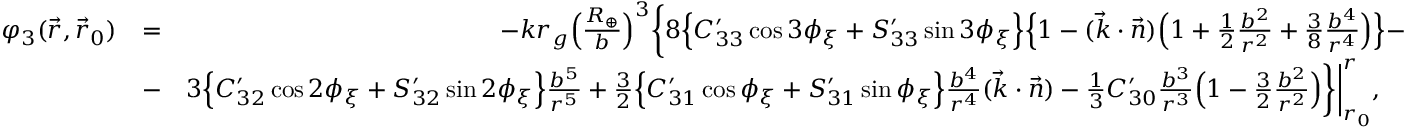
\begin{array} { r l r } { \varphi _ { 3 } ( \vec { r } , \vec { r } _ { 0 } ) } & { = } & { - k r _ { g } \Big ( \frac { R _ { \oplus } } { b } \Big ) ^ { 3 } \bigg \{ 8 \Big \{ C _ { 3 3 } ^ { \prime } \cos 3 \phi _ { \xi } + S _ { 3 3 } ^ { \prime } \sin 3 \phi _ { \xi } \Big \} \Big \{ 1 - ( \vec { k } \cdot \vec { n } ) \Big ( 1 + { \textstyle \frac { 1 } { 2 } } \frac { b ^ { 2 } } { r ^ { 2 } } + { \textstyle \frac { 3 } { 8 } } \frac { b ^ { 4 } } { r ^ { 4 } } \Big ) \Big \} - } \\ & { - } & { 3 \Big \{ C _ { 3 2 } ^ { \prime } \cos 2 \phi _ { \xi } + S _ { 3 2 } ^ { \prime } \sin 2 \phi _ { \xi } \Big \} \frac { b ^ { 5 } } { r ^ { 5 } } + { \textstyle \frac { 3 } { 2 } } \Big \{ C _ { 3 1 } ^ { \prime } \cos \phi _ { \xi } + S _ { 3 1 } ^ { \prime } \sin \phi _ { \xi } \Big \} \frac { b ^ { 4 } } { r ^ { 4 } } ( \vec { k } \cdot \vec { n } ) - { \textstyle \frac { 1 } { 3 } } C _ { 3 0 } ^ { \prime } \frac { b ^ { 3 } } { r ^ { 3 } } \Big ( 1 - { \textstyle \frac { 3 } { 2 } } \frac { b ^ { 2 } } { r ^ { 2 } } \Big ) \bigg \} \bigg | _ { r _ { 0 } } ^ { r } , ~ ~ ~ } \end{array}